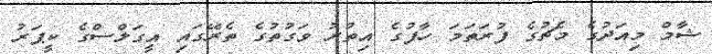
ޝާމް މިއަދުގެ މެޗުގެ ފުރަތަމަ ހާފުގެ އިތުރު ވަގުތުގެ ތެރޭގައި އީގަލްސްގެ ކީޕަރު